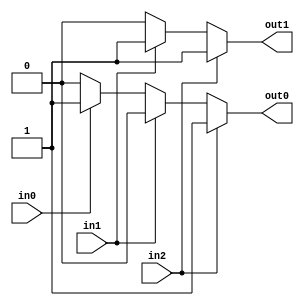
`timescale 1ns / 1ps
//////////////////////////////////////////////////////////////////////////////////
// Company: 
// Engineer: 
// 
// Design Name: 
// Module Name:    Behavioral_PE 
// Project Name: 
// Target Devices: 
// Tool versions: 
// Description: 
//
// Dependencies: 
//
// Revision: 
// Revision 0.01 - File Created
// Additional Comments: 
//
//////////////////////////////////////////////////////////////////////////////////
module Behavioral_PE (out1, out0, in2, in1, in0);

	output reg out1, out0;
	input wire in2, in1, in0;

	always @(in2 or in1 or in0) begin
		if (in2 == 1'b1) begin
			out1 = 1'b1;
			out0 = 1'b1;
		end else if (in1 == 1'b1) begin
			out1 = 1'b1;
			out0 = 1'b0;
		end else if (in0 == 1'b1) begin
			out1 = 1'b0;
			out0 = 1'b1;
		end else begin
			out1 = 1'b0;
			out0 = 1'b0;
		end
	end

endmodule